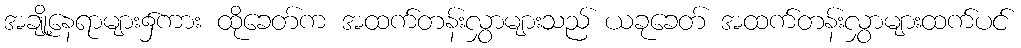
အချို့နေရာများ၌ကား ထိုခေတ်က အထက်တန်းလွှာများသည် ယခုခေတ် အထက်တန်းလွှာများထက်ပင်